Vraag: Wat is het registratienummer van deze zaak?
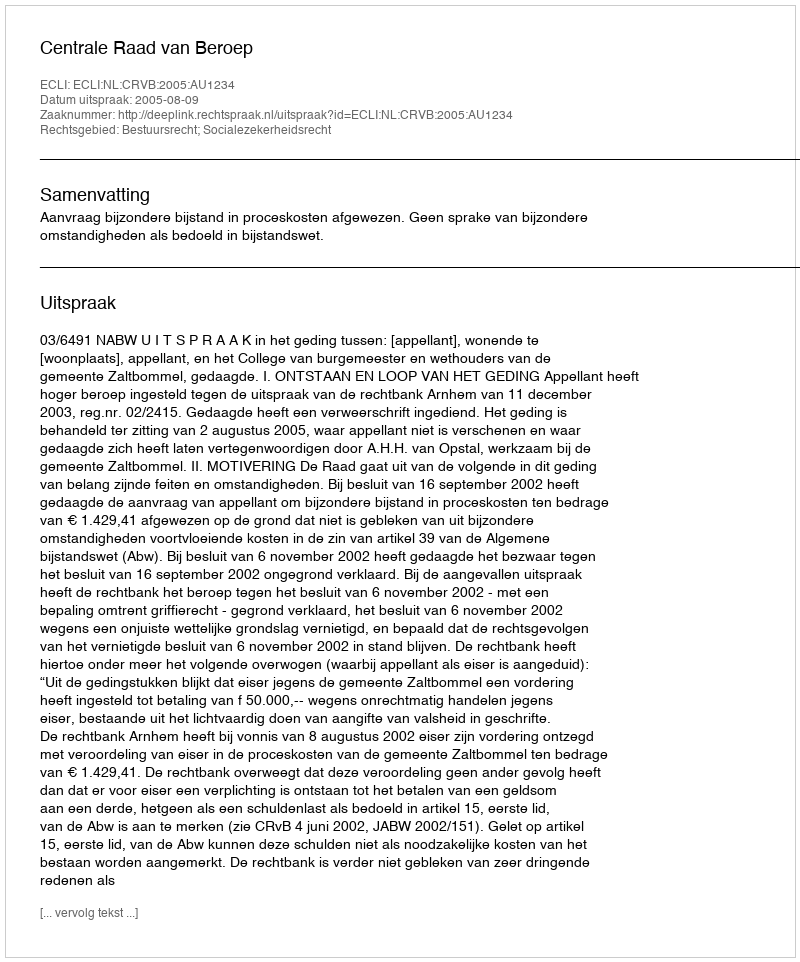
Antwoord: http://deeplink.rechtspraak.nl/uitspraak?id=ECLI:NL:CRVB:2005:AU1234